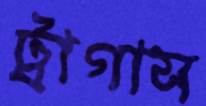
ট্রাগাস